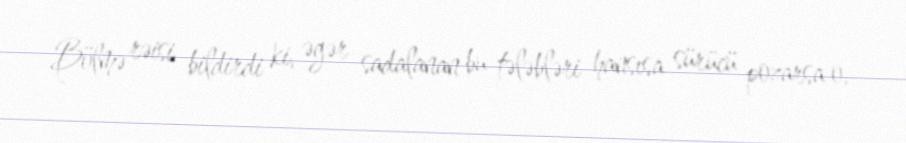
Bölmə rəisi bildirdi ki, əgər sadalanan bu tələbləri hansısa sürücü pozarsa o,